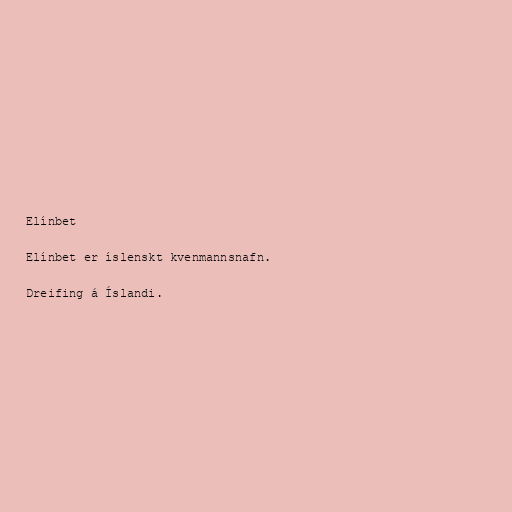
Elínbet

Elínbet er íslenskt kvenmannsnafn.

Dreifing á Íslandi.